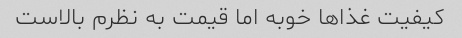
کیفیت غذاها خوبه اما قیمت به نظرم بالاست